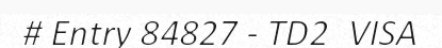
# Entry 84827 - TD2_VISA